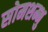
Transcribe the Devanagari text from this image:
सोमशम्भु